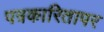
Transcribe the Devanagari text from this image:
पत्रकारितापर